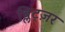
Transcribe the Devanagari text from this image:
ब्लिट्ज़र